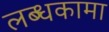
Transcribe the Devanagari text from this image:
लब्धकामा